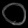
Digit: ၀